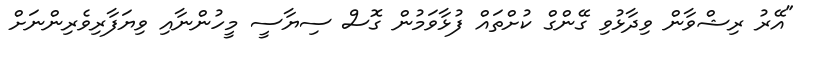
"އޭރު ރިޝްވާން ވިދާޅުވި ގޭންގް ކުށްތައް ފުޅާވަމުން ގޮސް ސިޔާސީ މީހުންނާއި ވިޔަފާރިވެރިންނަށް